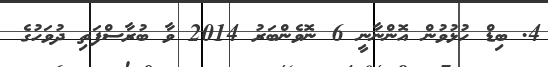
4. ބިޑް ހުޅުވުން އޮންނާނީ 6 ނޮވެންބަރު 2014 ވާ ބުރާސްފަތި ދުވަހުގެ